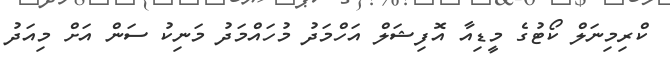
ކްރިމިނަލް ކޯޓުގެ މީޑިއާ އޮފިޝަލް އަހްމަދު މުހައްމަދު މަނިކު ސަން އަށް މިއަދު